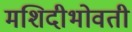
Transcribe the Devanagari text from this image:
मशिदीभोवती